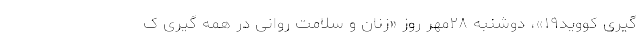
گیری کووید۱۹»، دوشنبه ۲۸مهر روز «زنان و سلامت روانی در همه گیری ک